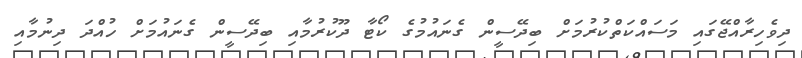
ދިވެހިރާއްޖޭގައި މަސައްކަތްކުރުމަށް ބިދޭސީން ގެނައުމުގެ ކޯޓާ ދޫކުރުމާއި ބިދޭސީން ގެނައުމަށް ހުއްދަ ދިނުމާއި